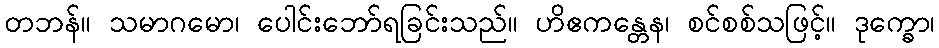
တဘန်။ သမာဂမော၊ ပေါင်းဘော်ရခြင်းသည်။ ဟိဧကန္တေန၊ စင်စစ်သဖြင့်။ ဒုက္ခော၊